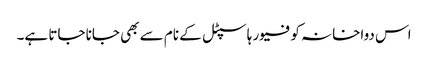
اس دواخانہ کو فیور ہاسپٹل کے نام سے بھی جانا جاتا ہے۔